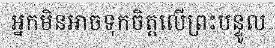
អ្នកមិនអាចទុកចិត្តលើព្រះបន្ទូល